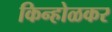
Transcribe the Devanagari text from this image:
किन्होळकर